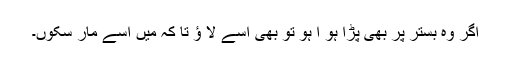
اگر وہ بستر پر بھی پڑا ہو ا ہو تو بھی اسے لا ؤ تا کہ میں اسے مار سکوں۔